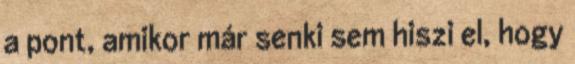
a pont, amikor már senki sem hiszi el, hogy